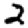
Digit: 2